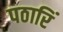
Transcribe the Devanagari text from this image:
पठारिं